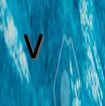
٧